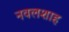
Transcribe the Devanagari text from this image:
नवलशाह